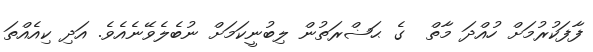
ފާފަކުރުމަށް ހުއްދަ މާތް  ގެ ޙަޟްރަތުން ލިބުނީކަމަށް ނުބެލެވޭނެއެވެ. އަދި ކިއެއްތަ